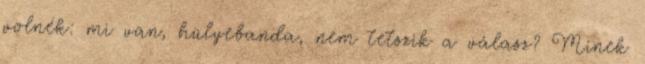
volnék: mi van, hülyebanda, nem tetszik a válasz? Minek